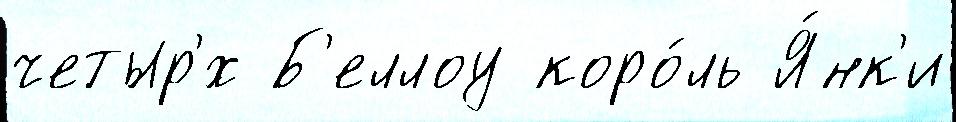
четыр'́х Б'еллоу коро́ль Я́нк'и